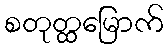
စတုတ္ထမြောက်